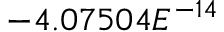
- 4 . 0 7 5 0 4 E ^ { - 1 4 }